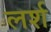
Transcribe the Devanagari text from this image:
लर्श